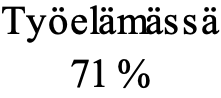
Työelämässä 71 %